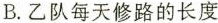
B.乙队每天修路的长度